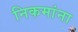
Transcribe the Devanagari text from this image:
निकमांना